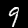
Digit: 9